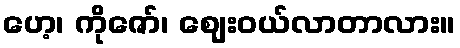
ဟေ့၊ ကိုဇော်၊ ဈေးဝယ်လာတာလား။